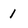
Character: 1